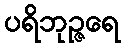
ပရိဘုဉ္ဇရေ